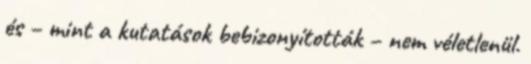
és – mint a kutatások bebizonyították – nem véletlenül.